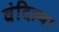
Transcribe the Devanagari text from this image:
वंदिल्या